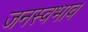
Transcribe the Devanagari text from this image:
जनस्वभाव